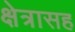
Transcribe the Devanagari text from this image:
क्षेत्रासह